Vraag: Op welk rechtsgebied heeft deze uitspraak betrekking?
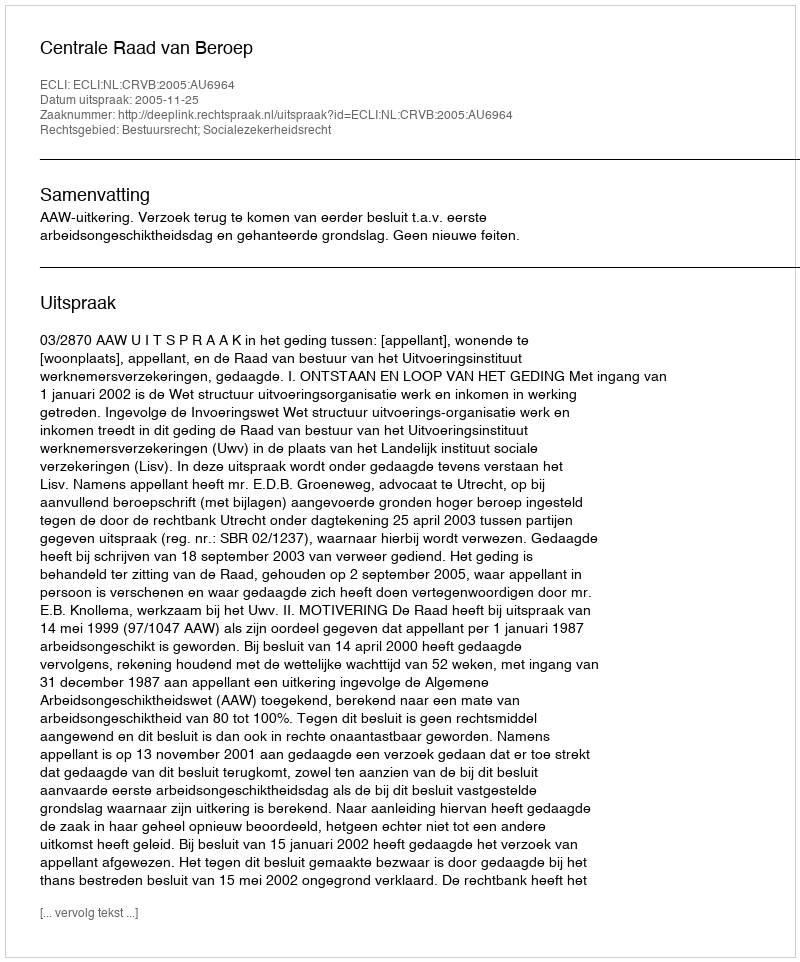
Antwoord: Bestuursrecht; Socialezekerheidsrecht